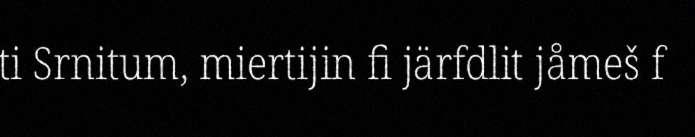
ti Srnitum, miertijin fi järfdlit jåmeš f